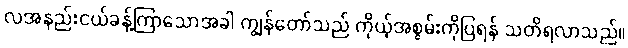
လအနည်းငယ်ခန့်ကြာသောအခါ ကျွန်တော်သည် ကိုယ့်အစွမ်းကိုပြရန် သတိရလာသည်။